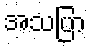
အသပြာ